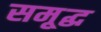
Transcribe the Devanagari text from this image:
समृ्द्ध